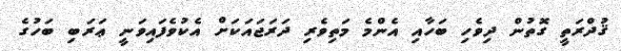
ޤުދްރަތީ ގޮތުން ދިވެހި ބަހާއި އެންމެ މަތިވެރި ދަރަޖައަކަށް އެކުވެފައިވަނީ ޢަރަބި ބަހުގެ